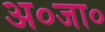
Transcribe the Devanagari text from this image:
अ०जा०